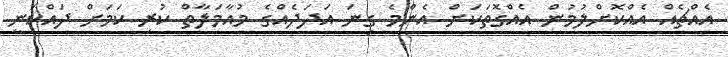
އެއްޗެއް އެއްކޮށްލުމުން އެއްގޮތަކަށް އެންމެ ގިނަ އަދަދެއްގެ މުއާމަލާތް ކުރި ކަމަށް ދައްކަނީ